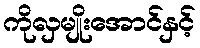
ကိုလှမျိုးအောင်နှင့်